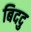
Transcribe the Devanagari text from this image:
बिददु